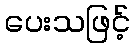
ပေးသဖြင့်